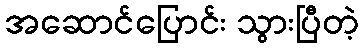
အဆောင်ပြောင်း သွားပြီတဲ့